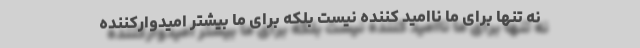
نه تنها برای ما ناامید کننده نیست بلکه برای ما بیشتر امیدوارکننده